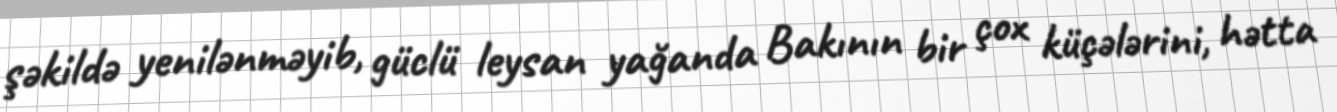
şəkildə yenilənməyib, güclü leysan yağanda Bakının bir çox küçələrini, hətta